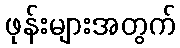
ဖုန်းများအတွက်